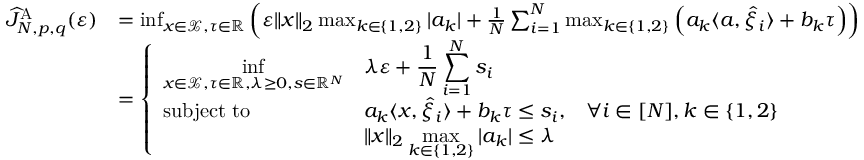
\begin{array} { r l } { \widehat { J } _ { N , p , q } ^ { \mathrm { A } } ( \varepsilon ) } & { = \operatorname* { i n f } _ { x \in \mathcal { X } , \tau \in \mathbb { R } } \left( \varepsilon \| x \| _ { 2 } \operatorname* { m a x } _ { k \in \{ 1 , 2 \} } | a _ { k } | + \frac { 1 } { N } \sum _ { i = 1 } ^ { N } \operatorname* { m a x } _ { k \in \{ 1 , 2 \} } \left( a _ { k } \langle a , \widehat { \xi } _ { i } \rangle + b _ { k } \tau \right) \right) } \\ & { = \left\{ \begin{array} { l l l } { { \displaystyle \operatorname* { i n f } _ { x \in \mathcal { X } , \tau \in \mathbb { R } , \lambda \geq 0 , s \in \mathbb { R } ^ { N } } } } & { { \displaystyle \lambda \varepsilon + \frac { 1 } { N } \sum _ { i = 1 } ^ { N } s _ { i } } } & \\ { \mathrm { s u b j e c t ~ t o } } & { { \displaystyle a _ { k } \langle x , \widehat { \xi } _ { i } \rangle + b _ { k } \tau \leq s _ { i } , } } & { \forall i \in [ N ] , k \in \{ 1 , 2 \} } \\ & { { \displaystyle \| x \| _ { 2 } \operatorname* { m a x } _ { k \in \{ 1 , 2 \} } | a _ { k } | \leq \lambda } } & \end{array} \right. } \end{array}